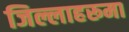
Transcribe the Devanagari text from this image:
जिल्लाहरूमा